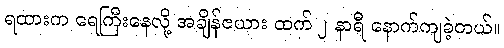
ရထားက ရေကြီးနေလို့ အချိန်ဇယား ထက် ၂ နာရီ နောက်ကျခဲ့တယ်။